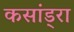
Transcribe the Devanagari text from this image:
कसांड्रा